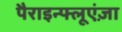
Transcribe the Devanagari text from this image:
पैराइन्फ्लूएंज़ा